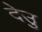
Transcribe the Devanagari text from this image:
देउु